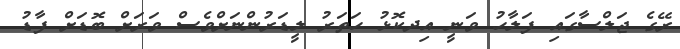
ރޭގެ ޖަލްސާގައި ފަލާހު ވަނީ އިދކޮޅު ހަތަރު ލީޑަރުންނަށްވެސް ވަރަށް ބޮޑަށް ފާޑު